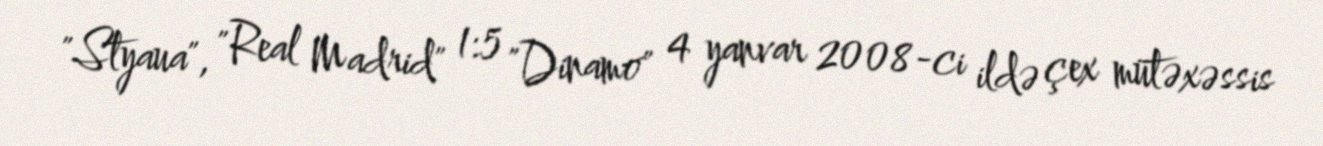
"Styaua", "Real Madrid" 1:5 "Dinamo" 4 yanvar 2008-ci ildə çex mütəxəssis